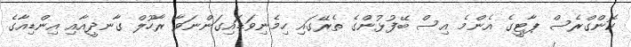
ކޮންގްރެސް ޕާޓީގެ އެންމެ އިސް ބޭފުޅުންގެ ތެރޭގައި ހިމެނިވަޑައިގަންނަވާ ރާހޫލް ގާނދީއާއި އިންޑިއާގެ